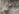
ساعد